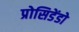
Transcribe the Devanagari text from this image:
प्रोसिडेंडो